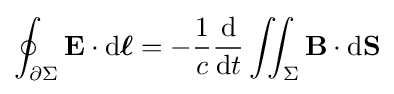
\oint _{\partial \Sigma }\mathbf {E} \cdot \mathrm {d} {\boldsymbol {\ell }}=-{\frac {1}{c}}{\frac {\mathrm {d} }{\mathrm {d} t}}\iint _{\Sigma }\mathbf {B} \cdot \mathrm {d} \mathbf {S}